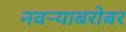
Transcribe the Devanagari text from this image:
नवर्‍याबरोबर